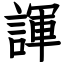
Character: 諢